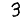
Digit: 3